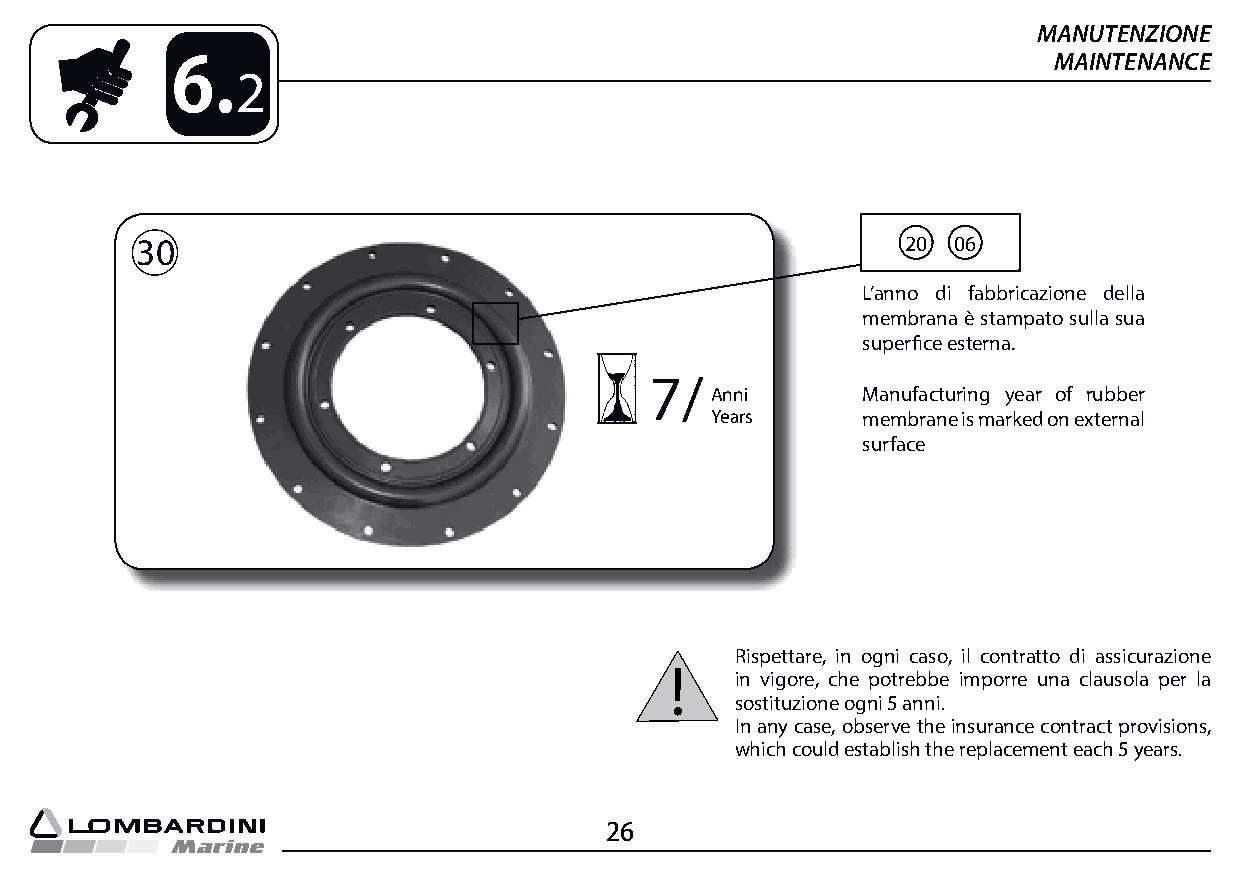
MANUTENZIONE
 6.                                                         MAINTENANCE
 2
 30                                                 20 06
 L’anno di fabbricazione della
 membrana è stampato sulla sua
 superfi ce esterna.
 7/
 Anni      Manufacturing year of rubber
 Years     membrane is marked on external
 surface
 Rispettare, in ogni caso, il contratto di assicurazione
 in vigore, che potrebbe imporre una clausola per la
 sostituzione ogni 5 anni.
 In any case, observe the insurance contract provisions,
 which could establish the replacement each 5 years.
 26